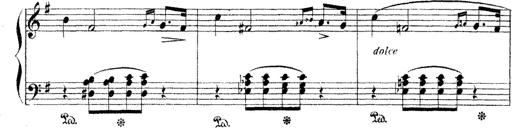
Title: Dem Andenken PetÃ¶fis
Composer: Franz Liszt